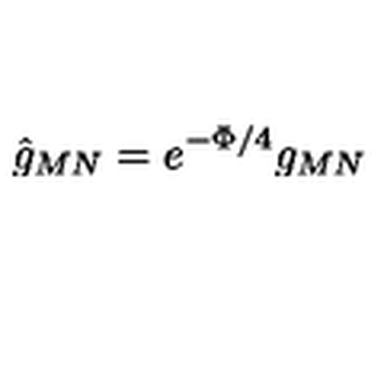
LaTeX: \hat { g } _ { M N } = e ^ { - \Phi / 4 } g _ { M N }